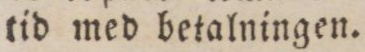
tid med betalningen.